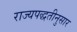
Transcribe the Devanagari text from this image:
राज्यपद्धतीनुसार